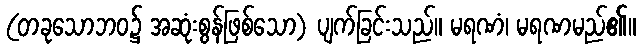
(တခုသောဘဝ၌ အဆုံးစွန်ဖြစ်သော) ပျက်ခြင်းသည်။ မရဏံ၊ မရဏမည်၏။